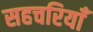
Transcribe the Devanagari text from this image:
सहचरियाँ